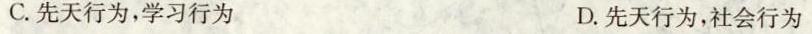
C.先天行为，学习行为 D.先天行为，社会行为